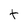
Character: t